Problem: 8 × 4 = ?
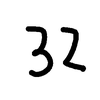
Handwritten answer: 32